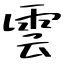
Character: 雲